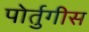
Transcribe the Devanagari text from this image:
पोर्तुगीस